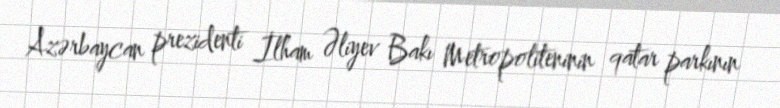
Azərbaycan prezidenti İlham Əliyev Bakı Metropoliteninin qatar parkının